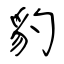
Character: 豹